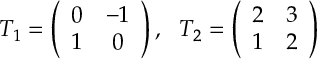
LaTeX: T _ { 1 } = \left( \begin{array} { c c } { { 0 } } & { { - 1 } } \\ { { 1 } } & { { 0 } } \end{array} \right) , ~ ~ T _ { 2 } = \left( \begin{array} { c c } { { 2 } } & { { 3 } } \\ { { 1 } } & { { 2 } } \end{array} \right)